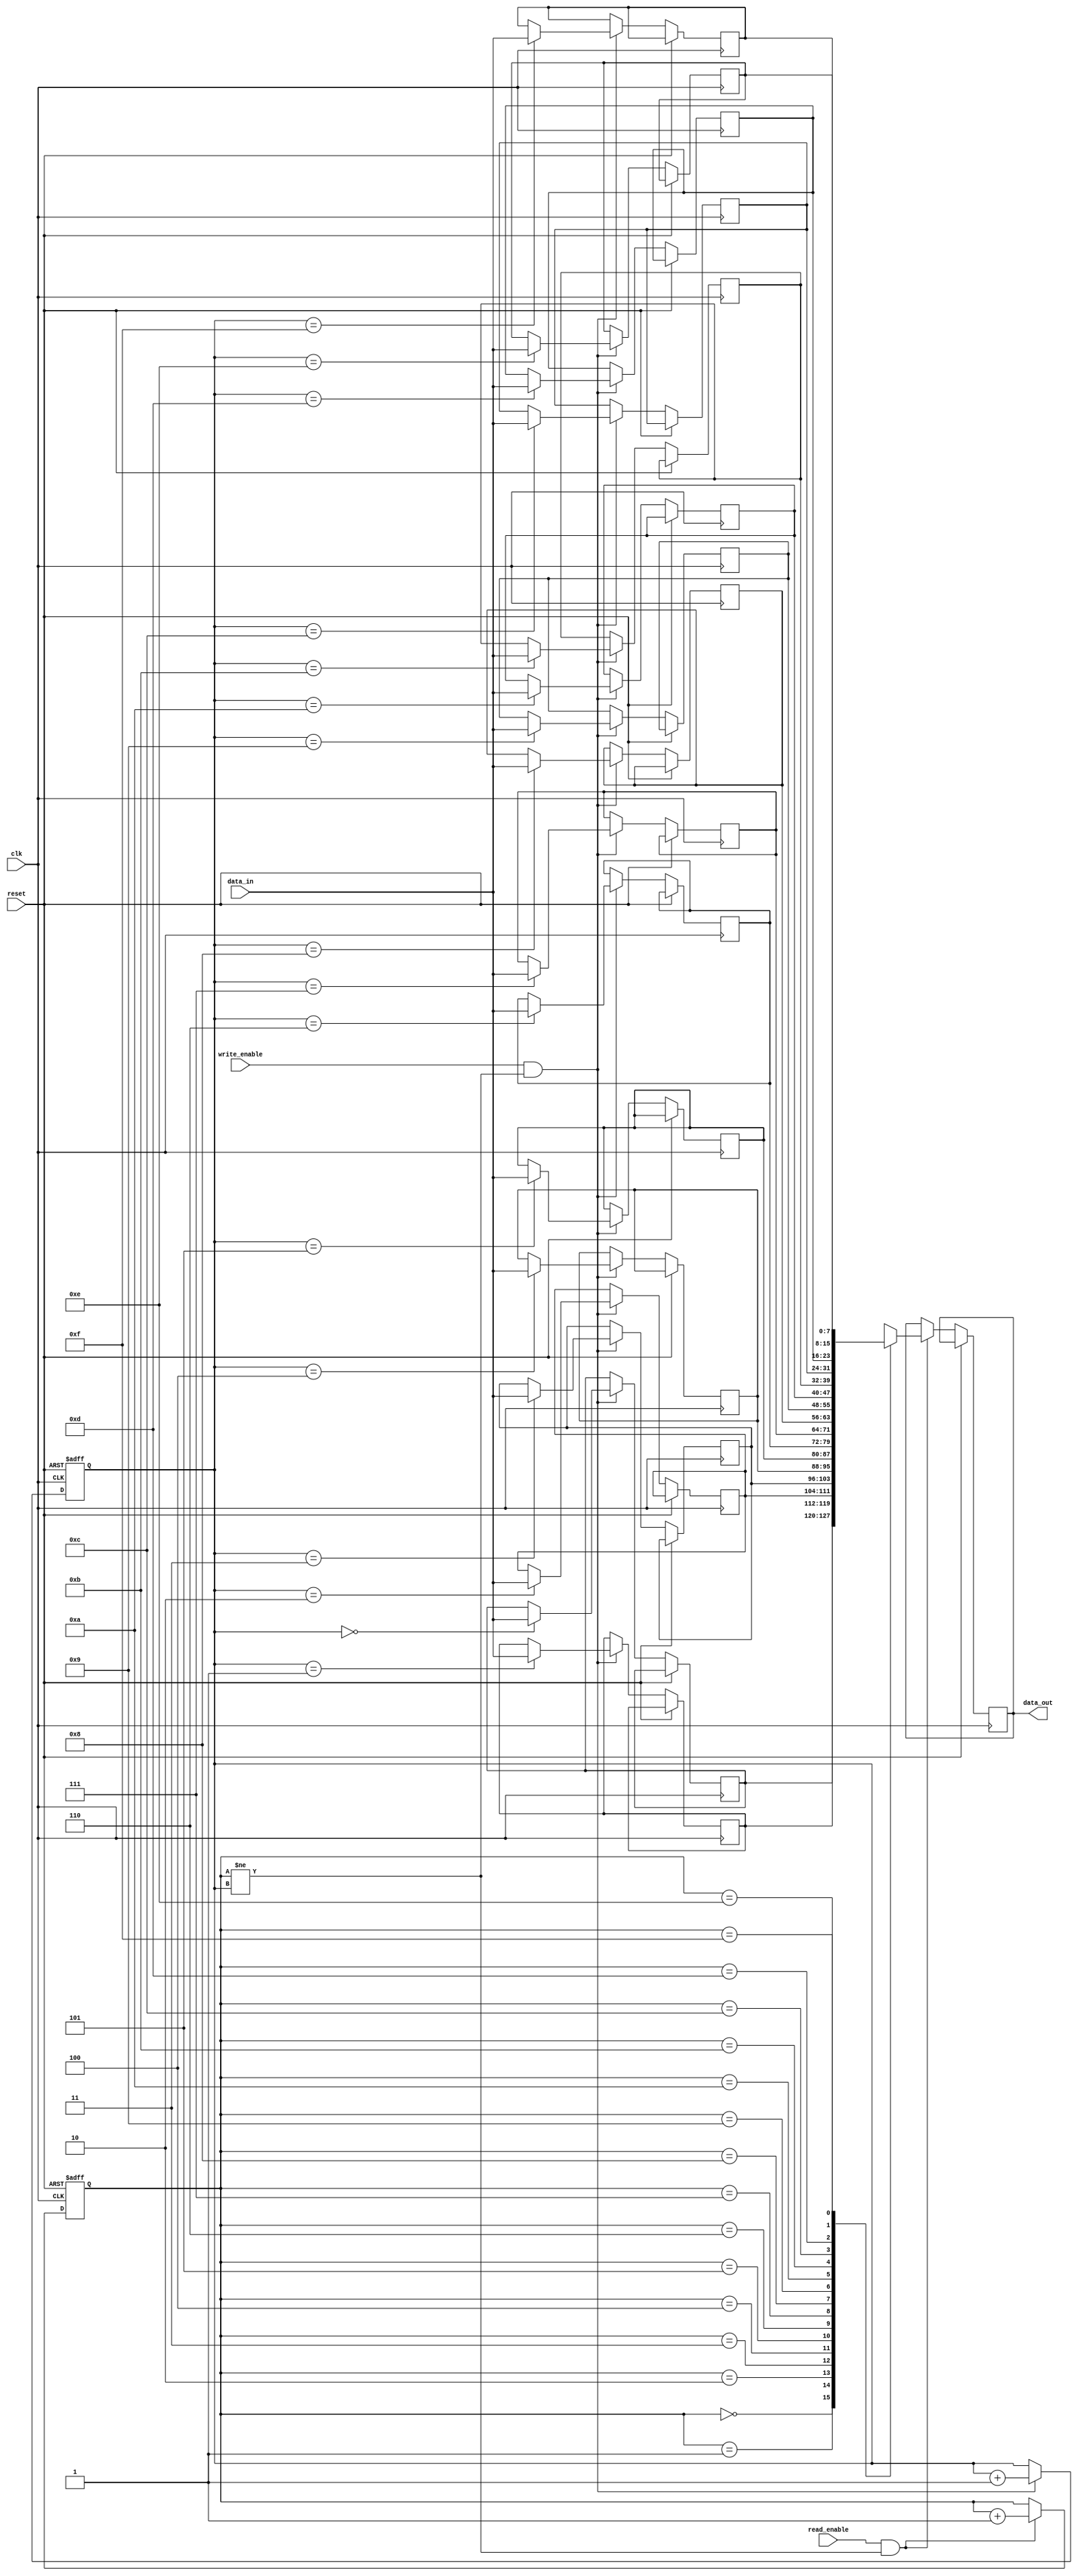
module FIFO_buffer (
    input wire clk,
    input wire reset,
    input wire read_enable,
    input wire write_enable,
    input wire [DATA_WIDTH-1:0] data_in,
    output reg [DATA_WIDTH-1:0] data_out
);
    
    parameter DATA_WIDTH = 8;
    parameter DEPTH = 16;
    
    reg [DATA_WIDTH-1:0] buffer [0:DEPTH-1];
    reg [3:0] read_ptr;
    reg [3:0] write_ptr;
    
    always @(posedge clk or posedge reset) begin
        if (reset) begin
            read_ptr <= 4'b0000;
            write_ptr <= 4'b0000;
        end else begin
            if (read_enable && (read_ptr != write_ptr)) begin
                data_out <= buffer[read_ptr];
                read_ptr <= read_ptr + 1;
            end
            
            if (write_enable && (read_ptr != write_ptr)) begin
                buffer[write_ptr] <= data_in;
                write_ptr <= write_ptr + 1;
            end
        end
    end
    
endmodule